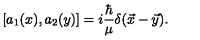
[ a _ { 1 } ( x ) , a _ { 2 } ( y ) ] = i { \frac { \hbar } { \mu } } \delta ( \vec { x } - \vec { y } ) .